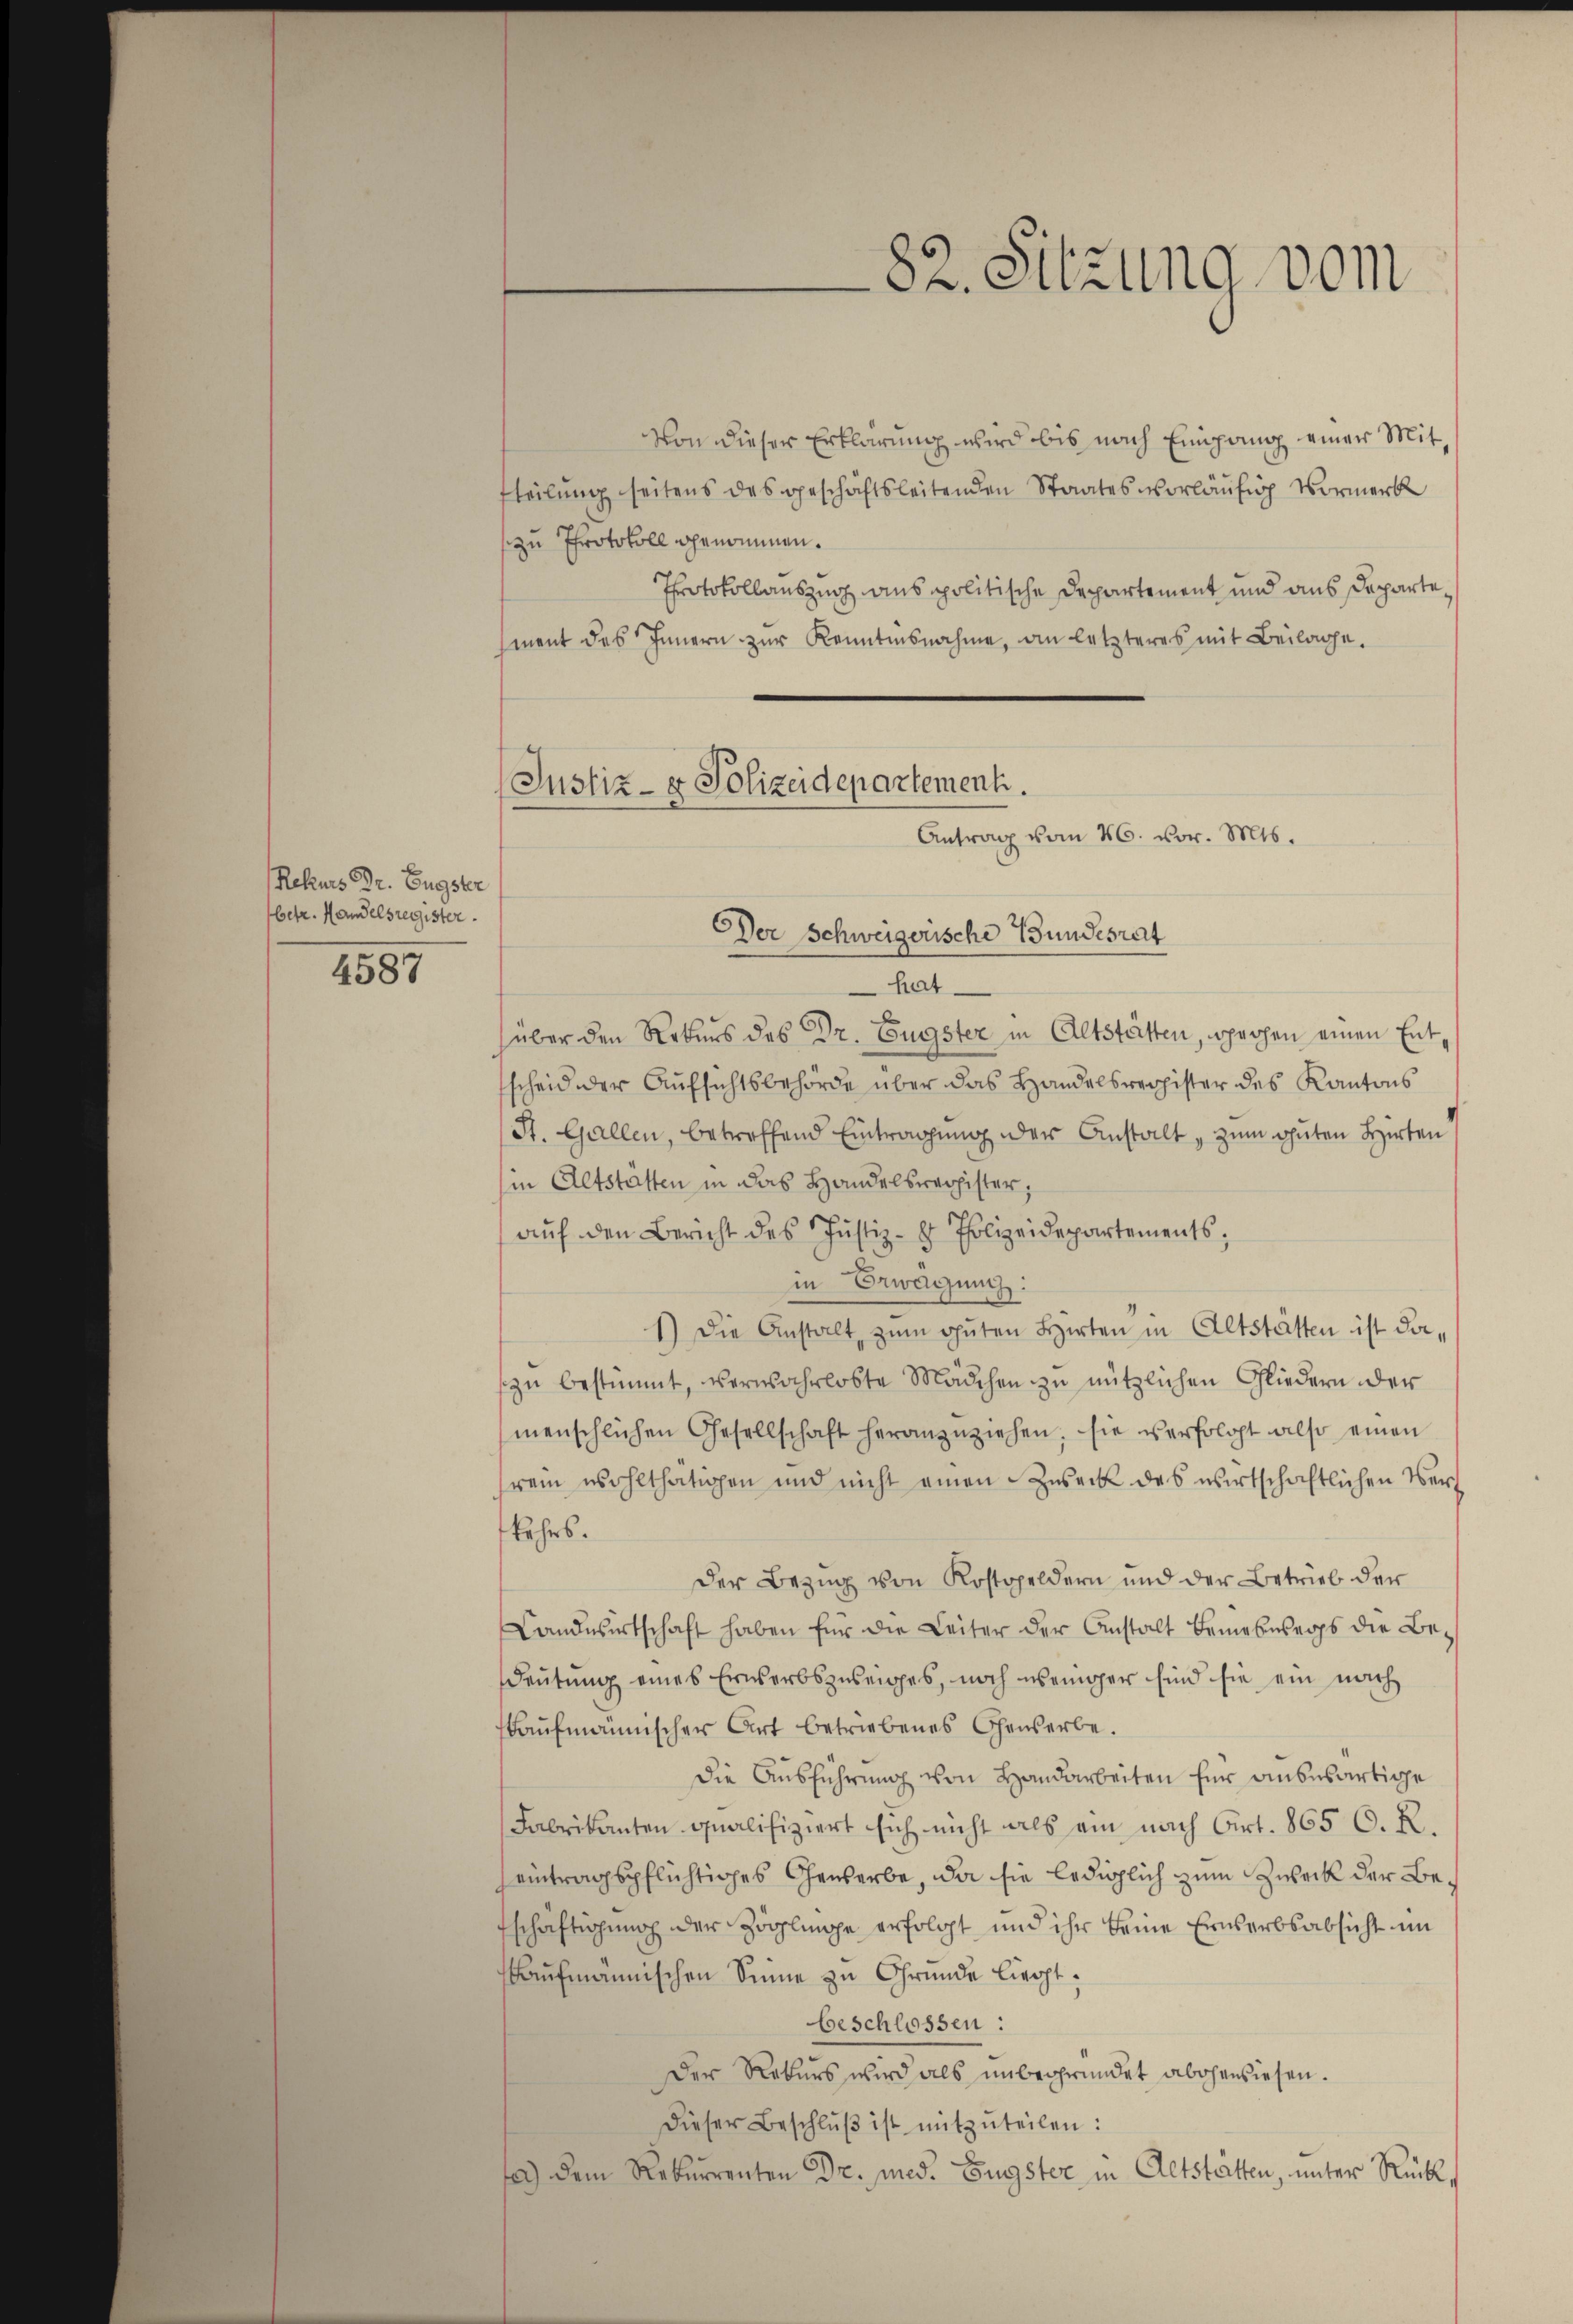
Rekurs Dr. Eugster
betr. Handelsregister

4587

Von dieser Erklärung wird bis nach Eingang einer Mittteilung seitens des geschäftsleitenden Staates vorläufig Vormerk
zu Protokoll genommen.
Protokollauszug aus politische Departement und aus Departement des Innern zŭr Kenntnisnahme, an letzteres mit Beilage.

82. Sitzung vom

Justiz- & Polizeidepartement.
Antrag vom 26. vor. Mts.

Der Schweizerische Bundesrat
hat
über den Rekurs des Dr. Eugster in Altstätten, sprochen einen Entsscheid der Aufsichtsbehörde über das Handelsregister des Kantons
St. Gallen, betreffend Eintragung der Anstalt, zum guten Hirten
(in Altstätten in das Handelsverhister;
aŭf den Bericht des Justiz- & Polizeidepartements;
in Erwägung:
1) die Anstalt zum guten Hirten in Altstatten ist dazu bestimmt, verwahrloste Mädchen zu nützlichen Gliedern der
menschlichen Gesellschaft heranzŭziehen, sie verfolgt also einen
hrem wohlthätigen und nicht einen Zweck des wirtschaftlichen Verkehrs.
Der Bezug von Kostgeldern und der Betrieb der
Landwirtschaft haben für die Leiter der Anstalt Beineswegs die Be-
Deutung eines Erwerbszweiges, noch weniger sind sie ein nach
kaufmännischer Art betriebenes Censerbe.
Die Ausführung von Handarbeiten für andesartige
Fabrikanten qualifiziert sich nicht als ein nach Art. 865 C. R.
eintragspflichtiges Gewerbe, da sie lediglich zum Zweck der Betschäftigung der Zöglinge erfolgt, und ihr keine Erwerbsabsicht im
kaufmannischen Sinne zu Grunde liegt.
beschlossen:
Der Rekurs wird als unbegründet abgewiesen.
Dieser Beschlŭβ ist mitzŭteilen:
fe) dem Rekurrenten Dr. med. Eugster in Altstätten, unter Rücke,